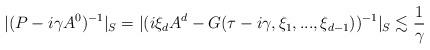
LaTeX: \begin{align*} |(P -i\gamma A^0)^{-1}|_S= |(i\xi_d A^d - G(\tau-i\gamma ,\xi_1,...,\xi_{d-1}))^{-1}|_S \lesssim \frac{1}{\gamma} \end{align*}